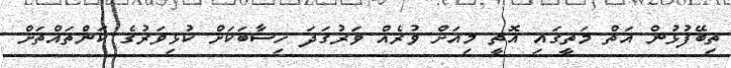
ތިބޭފުޅުން އަތް މަތީގައި އޮތީ މިއަށް ވުރެއް ވަރުގަދަ ހިސާބަކަށް ކުޅިވަރުގެ ކަންތައްތަށް